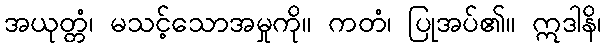
အယုတ္တံ၊ မသင့်သောအမှုကို။ ကတံ၊ ပြုအပ်၏။ ဣဒါနိ၊